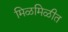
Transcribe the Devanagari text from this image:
मिळमिळीत